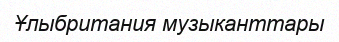
Ұлыбритания музыканттары